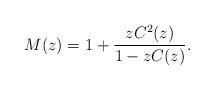
LaTeX: \begin{align*}M(z)=1+\frac{zC^2(z)}{1-zC(z)}.\end{align*}